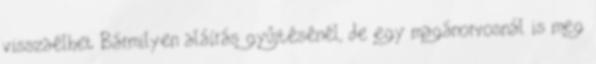
visszaélhet Bármilyen aláírás gyűjtésénél, de egy magánorvosnál is meg